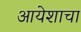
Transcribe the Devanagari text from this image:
आयेशाचा